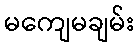
မကျေမချမ်း